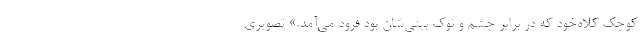
کوچک کلاه‌خود که در برابر چشم و نوک بینی‌‌شان بود فرود می‌آمد.» تصویری